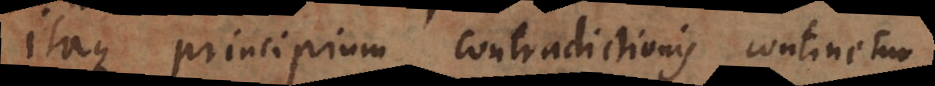
Itaque principium contradictionis continetur